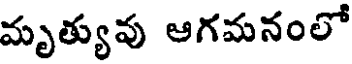
మృత్యువు ఆగమనంలో